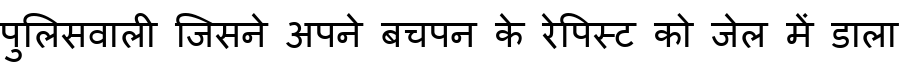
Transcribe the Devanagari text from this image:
पुलिसवाली जिसने अपने बचपन के रेपिस्ट को जेल में डाला